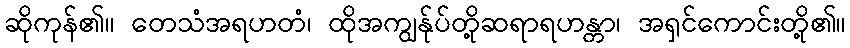
ဆိုကုန်၏။ တေသံအရဟတံ၊ ထိုအကျွန်ုပ်တို့ဆရာရဟန္တာ၊ အရှင်ကောင်းတို့၏။